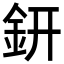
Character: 鈃